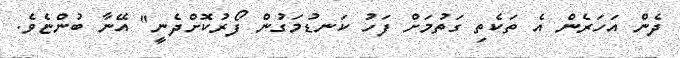
ދެން އަހަރެން އެ ތަކެތި ގަތުމަށް ފަހު ކަނޑުމަގުން ފޯރުކޮށްދެނީ" އޭނާ ބުންޏެވެ.